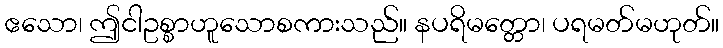
ဧသော၊ ဤငါဥစ္စာဟူသောစကားသည်။ နပရိမတ္တော၊ ပရမတ်မဟုတ်။